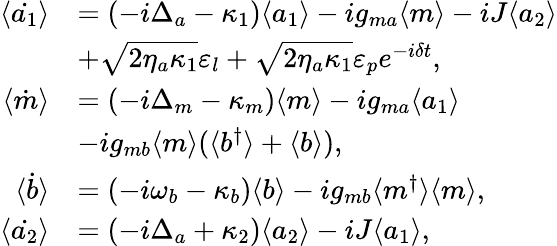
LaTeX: \begin{array}{rl}{\langle\dot{a_{1}}\rangle}&{=(-i\Delta_{a}-\kappa_{1})\langle a_{1}\rangle-ig_{ma}\langle m\rangle-iJ\langle a_{2}\rangle}\\ &{+\sqrt{2\eta_{a}\kappa_{1}}\varepsilon_{l}+\sqrt{2\eta_{a}\kappa_{1}}\varepsilon_{p}e^{-i\delta t},}\\ {\langle\dot{m}\rangle}&{=(-i\Delta_{m}-\kappa_{m})\langle m\rangle-ig_{ma}\langle a_{1}\rangle}\\ &{-ig_{mb}\langle m\rangle(\langle b^{\dagger}\rangle+\langle b\rangle),}\\ {\langle\dot{b}\rangle}&{=(-i\omega_{b}-\kappa_{b})\langle b\rangle-ig_{mb}\langle m^{\dagger}\rangle\langle m\rangle,}\\ {\langle\dot{a_{2}}\rangle}&{=(-i\Delta_{a}+\kappa_{2})\langle a_{2}\rangle-iJ\langle a_{1}\rangle,}\end{array}